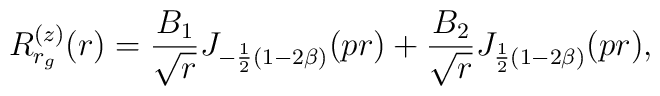
R_{r_{g}}^{(z)} (r) = \frac{B_{1}}{\sqrt{r}}  J_{-\frac{1}{2}(1-2\beta)}(pr) + \frac{B_{2}}{\sqrt{r}} J_{\frac{1}{2}(1-2\beta)}(pr),